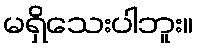
မရှိသေးပါဘူး။